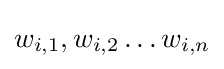
w_{i,1},w_{i,2}\dots w_{i,n}